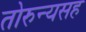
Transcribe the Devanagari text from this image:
तोरुन्यसह